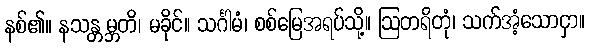
နစ်၏။ နသန္တမ္ဘတိ၊ မခိုင်။ သင်္ဂါမံ၊ စစ်မြေအရပ်သို့။ ဩတရိတုံ၊ သက်အံ့သောငှာ။